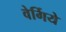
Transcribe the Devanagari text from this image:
वेर्गिये